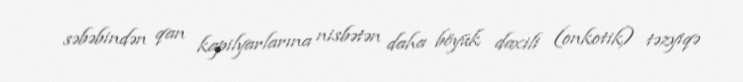
səbəbindən qan kapilyarlarına nisbətən daha böyük daxili (onkotik) təzyiqə